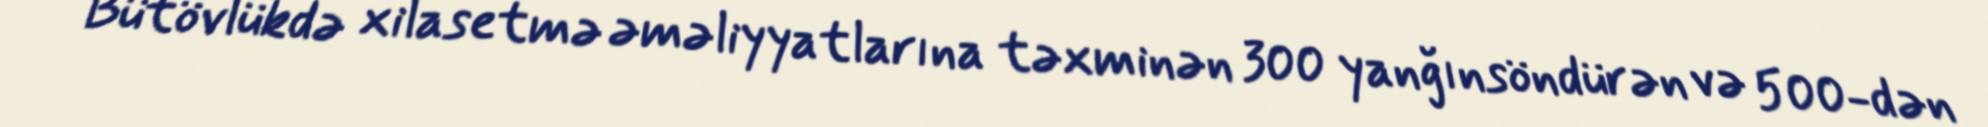
Bütövlükdə xilasetmə əməliyyatlarına təxminən 300 yanğınsöndürən və 500-dən